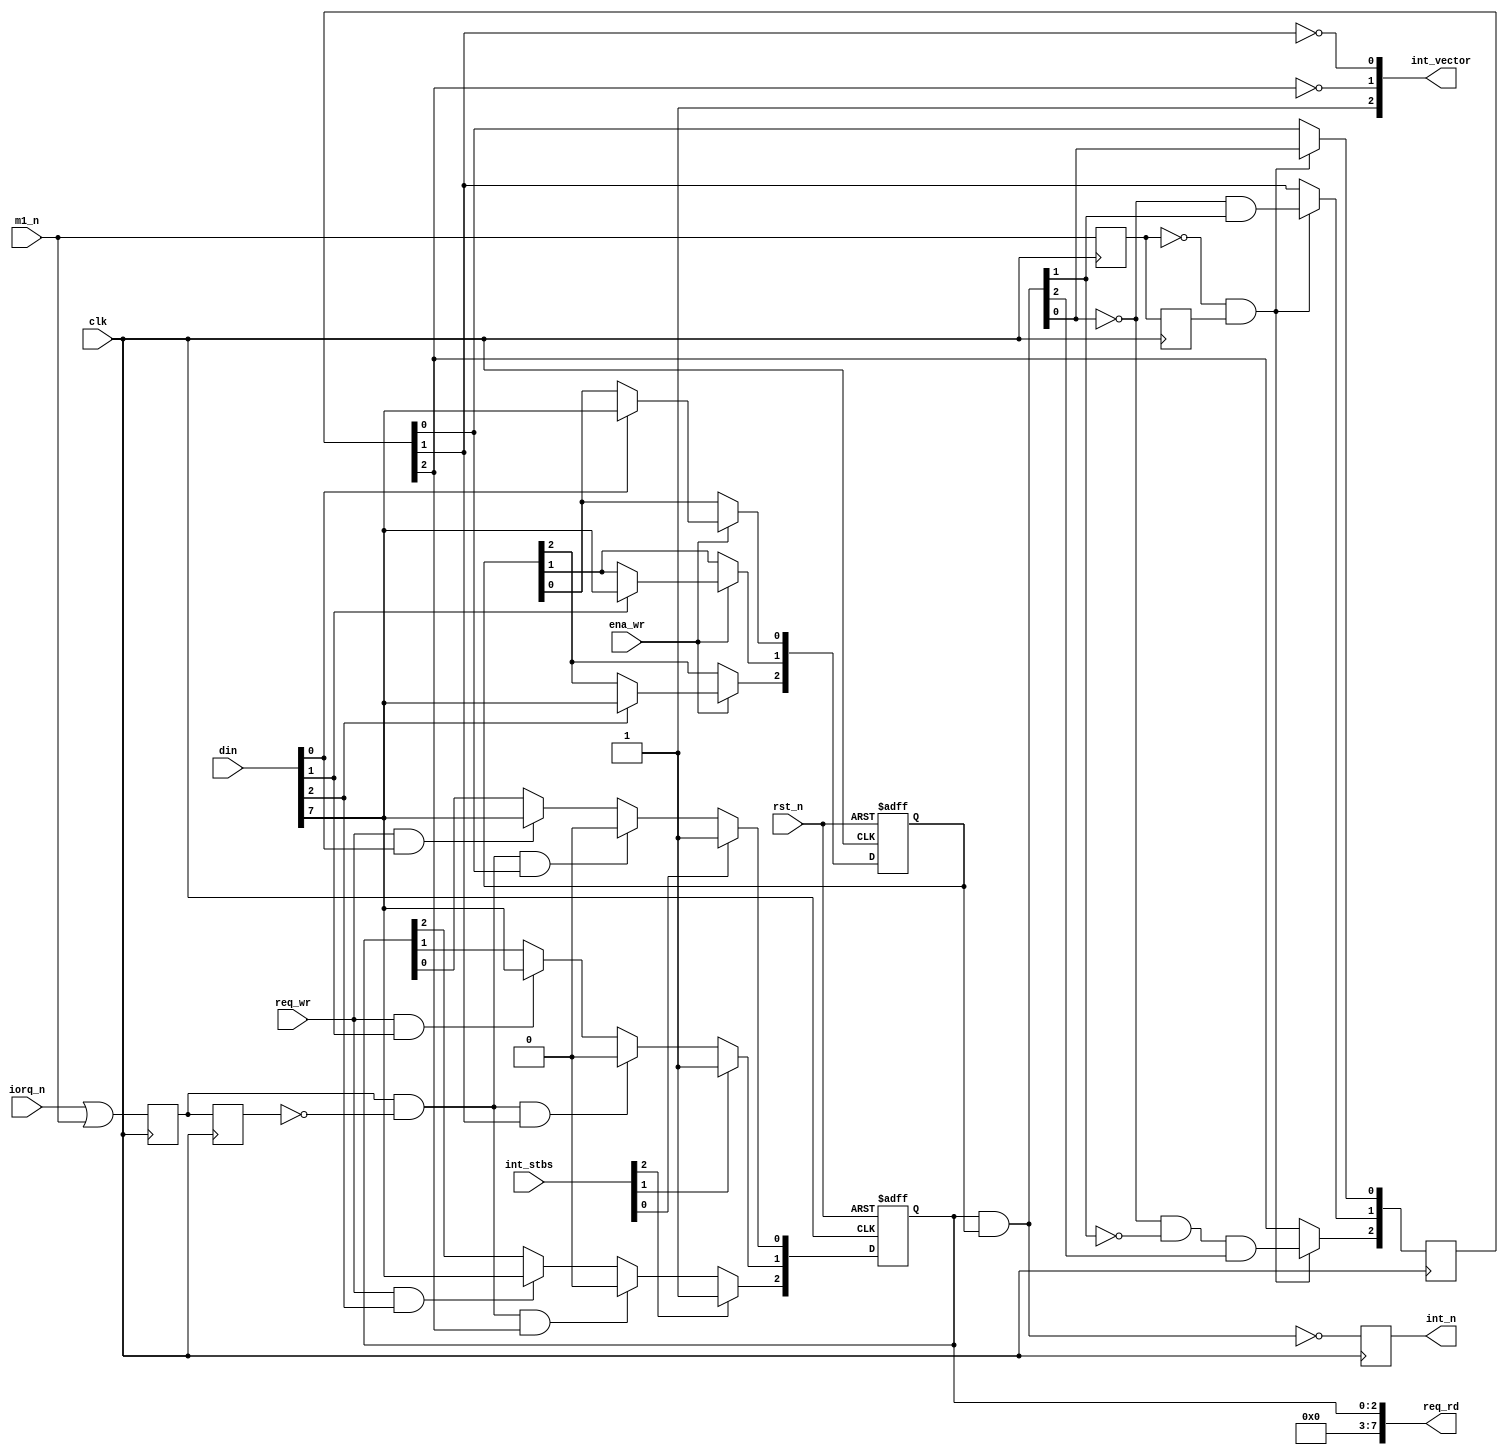
module interrupts_1
(
	input  wire clk,
	input  wire rst_n,
	input  wire m1_n,
	input  wire iorq_n,
	output reg int_n,
	input  wire [7:0] din,
	output wire [7:0] req_rd,
	output wire [2:0] int_vector,
	input  wire ena_wr,
	input  wire req_wr,
	input  wire [2:0] int_stbs
);
	reg m1_r, m1_rr;
	wire m1_beg;
	reg iack_r, iack_rr;
	wire iack_end;
	reg [2:0] ena;
	reg [2:0] req;
	reg [2:0] pri_req;
	wire [2:0] enareq;
	always @(posedge clk)
		{m1_rr, m1_r} <= {m1_r, m1_n};
	assign m1_beg = !m1_r && m1_rr;
	always @(negedge clk)
		{iack_rr, iack_r} <= {iack_r, (iorq_n | m1_n) };
	assign iack_end = iack_r && !iack_rr;
	always @(posedge clk, negedge rst_n)
	if( !rst_n )
		ena <= 3'b001;
	else if( ena_wr )
	begin
		if( din[0] ) ena[0] <= din[7];
		if( din[1] ) ena[1] <= din[7];
		if( din[2] ) ena[2] <= din[7];
	end
	always @(posedge clk, negedge rst_n)
	if( !rst_n )
		req <= 3'b000;
	else
	begin : req_control
		integer i;
		for(i=0;i<3;i=i+1)
		begin
			if( int_stbs[i] )
				req[i] <= 1'b1;
			else if( iack_end && pri_req[i] )
				req[i] <= 1'b0;
			else if( req_wr && din[i] )
				req[i] <= din[7];
		end
	end
	assign req_rd = { 5'd0, req[2:0] };
	assign enareq = req & ena;
	always @(posedge clk)
	if( m1_beg )
	begin
		pri_req[0] <=  enareq[0] ;
		pri_req[1] <= !enareq[0] &&  enareq[1] ;
		pri_req[2] <= !enareq[0] && !enareq[1] && enareq[2];
	end
	assign int_vector = { 1'b1, ~pri_req[2], ~pri_req[1] }; 
	always @(posedge clk)
		int_n <= !enareq;
endmodule